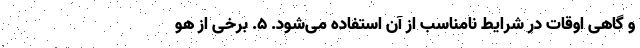
و گاهی اوقات در شرایط نامناسب از آن استفاده می‌شود. ۵. برخی از هو